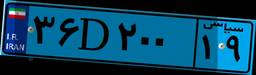
۶۶D۲۱۱۸۵